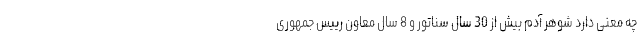
چه معنی دارد شوهر آدم بیش از 30 سال سناتور و 8 سال معاون رییس جمهوری